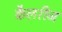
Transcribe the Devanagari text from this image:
कैलरीज